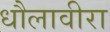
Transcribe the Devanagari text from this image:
धौलावीरा